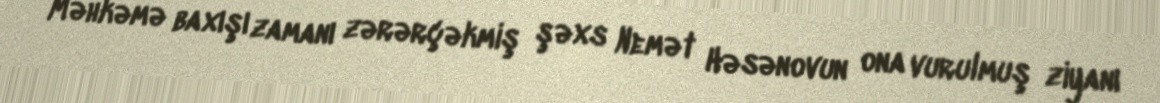
Məhkəmə baxışı zamanı zərərçəkmiş şəxs Nemət Həsənovun ona vurulmuş ziyanı